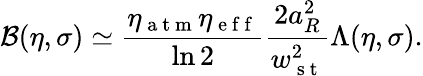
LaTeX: \mathcal{B}(\eta,\sigma)\simeq\frac{\eta_{\mathrm{~a~t~m~}}\eta_{\mathrm{~e~f~f~}}}{\ln 2}\frac{2a_{R}^{2}}{w_{\mathrm{~s~t~}}^{2}}\Lambda(\eta,\sigma).